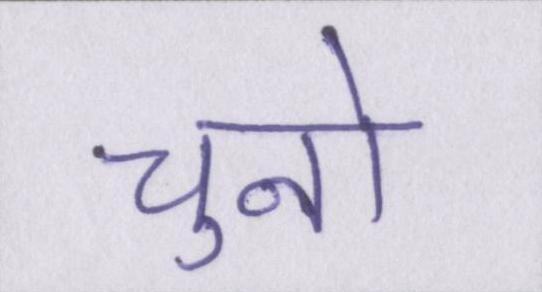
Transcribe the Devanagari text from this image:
चुनो